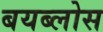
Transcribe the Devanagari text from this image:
बयब्लोस